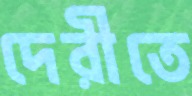
দেরীতে